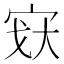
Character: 𫳉